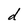
Character: d